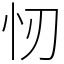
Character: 㣼